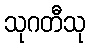
သုဂတီသု